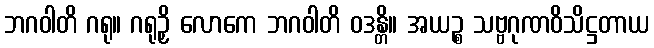
ဘဂဝါတိ ဂရု။ ဂရုဉှိ လောကေ ဘဂဝါတိ ဝဒန္တိ။ အယဉ္စ သဗ္ဗဂုဏဝိသိဋ္ဌတာယ